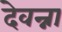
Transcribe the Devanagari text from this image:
देवन्ना